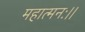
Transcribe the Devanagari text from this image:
महात्मनः।।